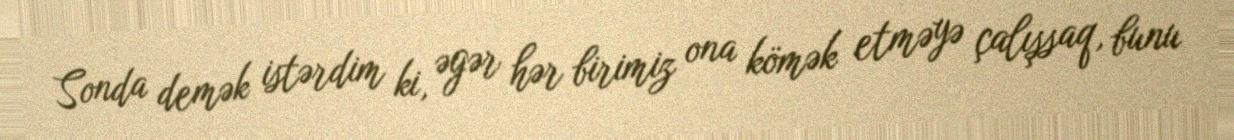
Sonda demək istərdim ki, əgər hər birimiz ona kömək etməyə çalışsaq, bunu